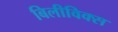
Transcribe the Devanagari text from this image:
बिलीविक्स